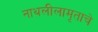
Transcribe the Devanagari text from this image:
नाथलीलामृताचे